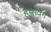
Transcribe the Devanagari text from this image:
हैप्सवर्ग